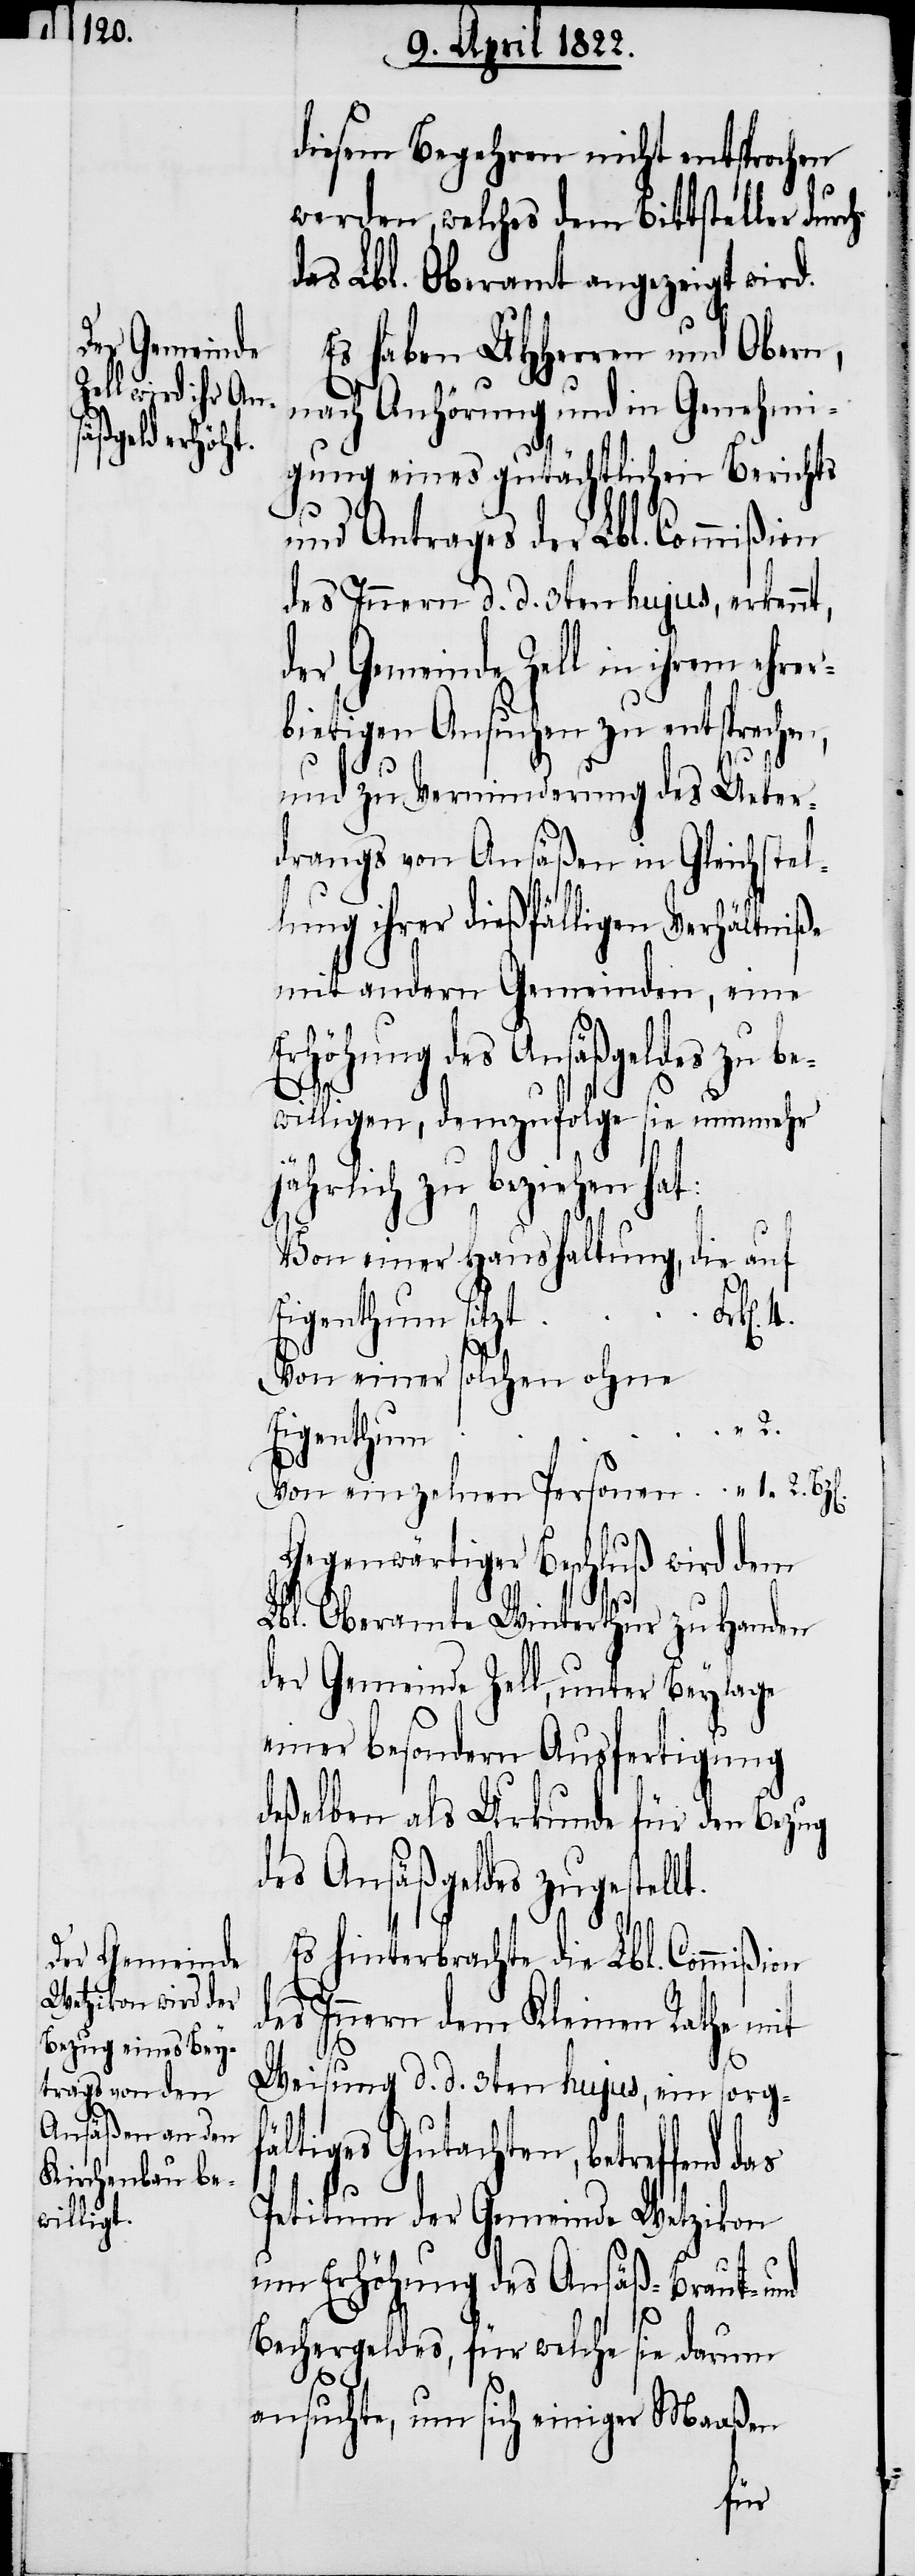
der Gemeinde
Zell in ihrem

diesem Begehren nicht entsprochen
werden, welches dem Bittsteller durch
das Lbl. Oberamt angezeigt wird.
Es haben UHHerren und Obern,
4.
nach Anhörung und in Genehmi¬
gung eines gutächtlichen Berichts
und Antrages der Lbl. Commißion
des Innern d. d. 3ten hujus, erkennt,
bietigen Ansuchen zu entsprechen,
und zu Verminderung des Ueber¬
drangs von Ansäßen in Gleichstel¬
lung ihrer dießfälligen Verhältniße
mit andern Gemeinden, eine
höhung des Ansäßgeldes zu
willigen, demzufolge sie nunmehr
hrlich zu beziehen hat:
Von einer Haushaltung, die auf
Eigenthum sitzt
ehrer¬
Von einer solchen ohne
“ 2.
Eigenthum
Von einzelnen Personen			 “ 1. 2.
Gegenwärtiger Beschluß wird dem
Lbl. Oberamte Winterthur zu Handen
der Gemeinde Zell, unter Beylage
einer besondern Ausfertigung
deßelben als Urkunde für den Bezug
des Ansäßgeldes zugestellt.
Es hinterbrachte die Lbl. Commißion
des Innern dem Kleinen Rathe mit
jä¬
Weisung d. d. 3ten hujus, ein sorg¬
fältiges Gutachten, betreffend
Petitum der Gemeinde Wetzikon
um Erhöhung des Ansäß- Braut- und
Bechergeldes, für welche sie darum
ansuchte, um sich einiger Maaßen
be¬